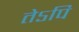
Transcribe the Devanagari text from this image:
तेऽपि